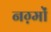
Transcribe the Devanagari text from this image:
नग़्मों